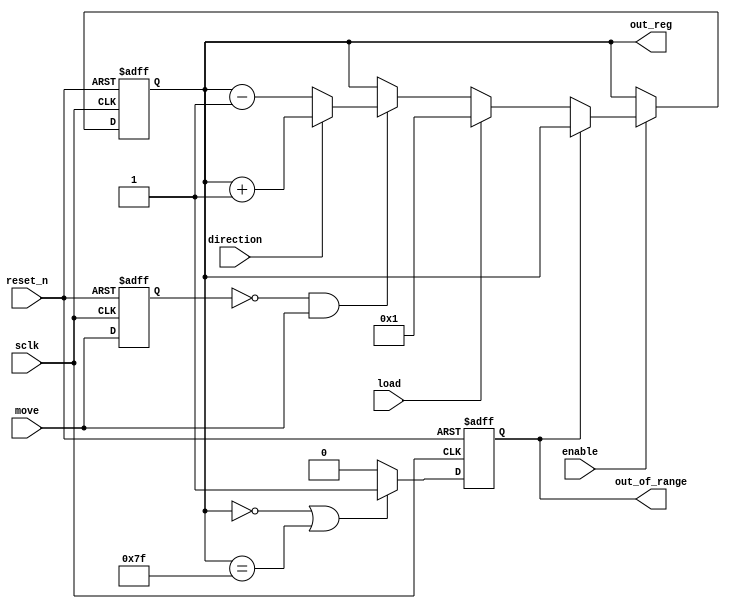
// *********************************************************************/ 
// Copyright (c) 2015 Microsemi Corporation.  All rights reserved.  
// 
// Any use or redistribution in part or in whole must be handled in 
// accordance with the Actel license agreement and must be approved 
// in advance in writing.  
//  
//     
// Description: takes in delay line controls, outputs a configurable register
//
// Notes:

// AS: Added 2/11/2016
// *********************************************************************/ 

module DELAY_CTRL # (
  parameter WIDTH=7,
  parameter RESET_VAL=1
)(
  input sclk,
  input reset_n,
  input direction,
  input load,
  input move,
  input enable,
  output reg [WIDTH-1:0] out_reg,
  output reg out_of_range
);

// for transition detection
reg move_reg;




always@(posedge sclk or negedge reset_n)
begin: out_reg_proc
  if (reset_n == 1'b0)
  begin
    out_reg <= RESET_VAL;
    move_reg <= 1'b0;
    out_of_range <= 1'b0;
  end
  else
  begin
    // out of range
    if ((out_reg == {WIDTH{1'b0}}) || (out_reg == {WIDTH{1'b1}}))
      out_of_range <= 1'b1;
    else
      out_of_range <= 1'b0;
    
    move_reg <= move;
    
    // output register
    if (enable == 1'b1)
    begin
      if (out_of_range == 1'b0)
      begin
        if (load == 1'b1)
          out_reg <= RESET_VAL;      
        else if (move_reg == 1'b0 && move == 1'b1) // 0-->1 edge
          if (direction == 1'b1)
            out_reg <= out_reg + 1;
          else
            out_reg <= out_reg - 1;
      end 
    end
  end
end

endmodule